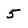
Character: 5